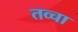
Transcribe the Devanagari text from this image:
तव्चा